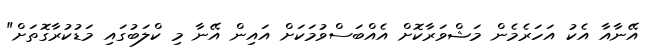
އޭނާއާ އެކު އަހަރެމެން މަޝްވަރާކޮށް އެއްބަސްވުމަކަށް އައިން އޭނާ މި ކްލަބުގައި މަޑުކުރާގޮތަށް"